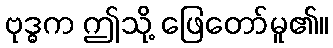
ဗုဒ္ဓက ဤသို့ ဖြေတော်မူ၏။